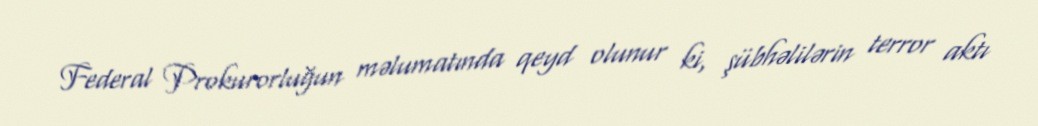
Federal Prokurorluğun məlumatında qeyd olunur ki, şübhəlilərin terror aktı